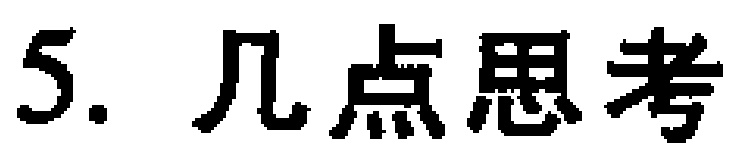
5. 几点思考